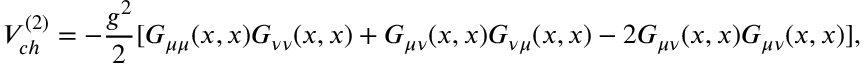
V _ { c h } ^ { ( 2 ) } = - \frac { g ^ { 2 } } { 2 } [ G _ { \mu \mu } ( x , x ) G _ { \nu \nu } ( x , x ) + G _ { \mu \nu } ( x , x ) G _ { \nu \mu } ( x , x ) - 2 G _ { \mu \nu } ( x , x ) G _ { \mu \nu } ( x , x ) ] ,